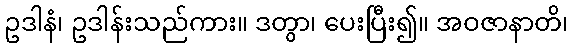
ဥဒါနံ၊ ဥဒါန်းသည်ကား။ ဒတွာ၊ ပေးပြီး၍။ အဝဇာနာတိ၊